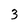
Character: 3